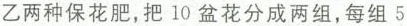
乙两种保花肥，把10盆花分成两组，每组5